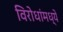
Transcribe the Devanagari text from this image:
विरोधांमध्ये